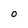
Character: O